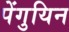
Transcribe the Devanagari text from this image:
पेंगुयिन